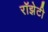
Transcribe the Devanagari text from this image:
रॉझेटी